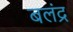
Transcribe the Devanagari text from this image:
बलंद्र